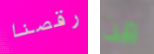
رقصنا من